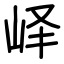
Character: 峄